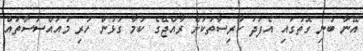
އޭނާ ބުނި ގޮތުގައި އެފަދަ ކާރިސާތަކަށް ރާއްޖޭގެ ކަމާ ގުޅުން ހުރި މުއަައްސަސާތައް